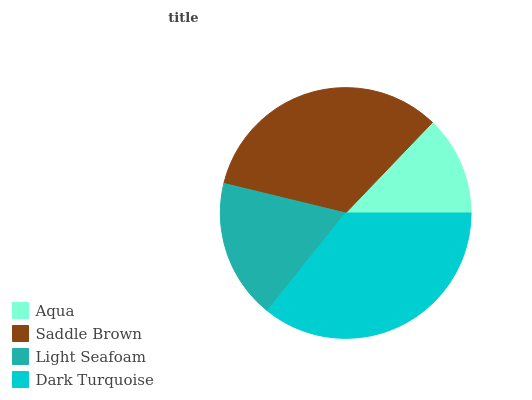
| Aqua | Saddle Brown | Light Seafoam | Dark Turquoise |
 | --- | --- | --- | --- |
 | 12.8% | 33.4% | 18% | 35.8% |